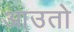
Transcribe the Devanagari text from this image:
आउतो